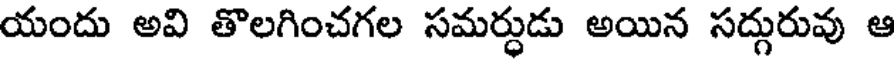
యందు అవి తొలగించగల సమర్ధుడు అయిన సద్గురువు ఆ